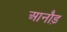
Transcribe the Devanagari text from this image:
आनौड़